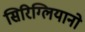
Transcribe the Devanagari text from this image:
सिरिग्लियानो